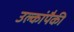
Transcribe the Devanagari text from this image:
उल्कांपैकी